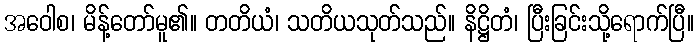
အဝေါစ၊ မိန့်တော်မူ၏။ တတိယံ၊ သတိယသုတ်သည်။ နိဋ္ဌိတံ၊ ပြီးခြင်းသို့ရောက်ပြီ။